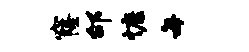
窿邰慷每